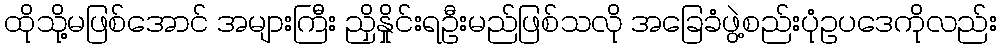
ထိုသို့မဖြစ်အောင် အများကြီး ညှိနှိုင်းရဦးမည်ဖြစ်သလို အခြေခံဖွဲ့စည်းပုံဥပဒေကိုလည်း